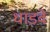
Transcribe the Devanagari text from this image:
धाडवे